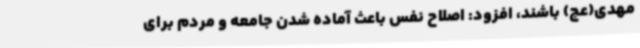
مهدی(عج) باشند، افزود: اصلاح نفس باعث آماده شدن جامعه و مردم برای